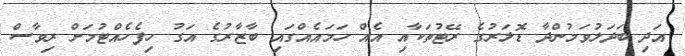
އަދި ބަދަލުވަމުންދާ ޑޮލަރުގެ ރޭޓުތަކާއި އެއް ހަަމައެއްގައި ބާޒާރުގެ އަގު ހިފެހެއްޓުމަށް ރިވާސް